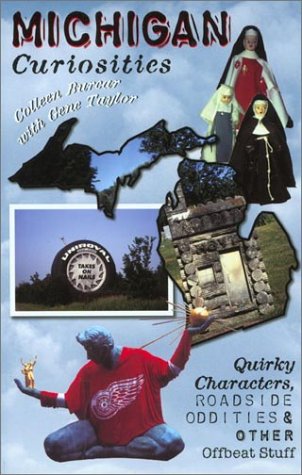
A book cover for Michigan Curiosities: Quirky Characters, Roadside Oddities & Other Offbeat Stuff (Curiosities Series); Colleen Burcar; Travel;